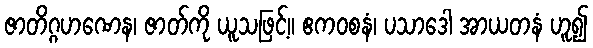
ဇာတိဂ္ဂဟဏေန၊ ဇာတ်ကို ယူသဖြင့်။ ဧကဝစနံ၊ ပသာဒေါ အာယတနံ ဟူ၍